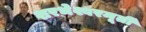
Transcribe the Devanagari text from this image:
शरभेश्वरमूर्ती